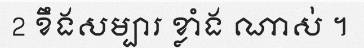
2 ខឹងសម្បារ ខ្លាំង ណាស់ ។